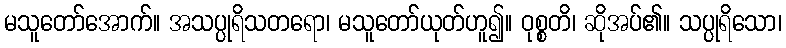
မသူတော်အောက်။ အသပ္ပုရိသတရော၊ မသူတော်ယုတ်ဟူ၍။ ဝုစ္စတိ၊ ဆိုအပ်၏။ သပ္ပုရိသော၊